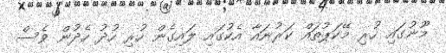
މޫނުގައި ހުރި މޭކަޕުތައް ކަރުނައާ އެކުގައި ލައިގެން ހުރި ހުދު ހެދުން ވެސް